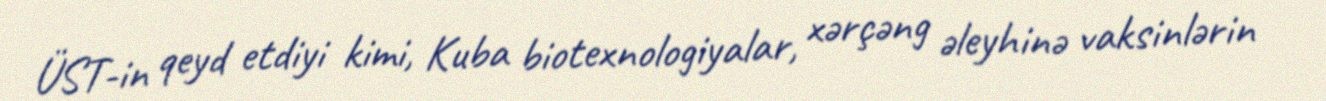
ÜST-in qeyd etdiyi kimi, Kuba biotexnologiyalar, xərçəng əleyhinə vaksinlərin